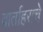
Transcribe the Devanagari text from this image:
वार्ताहराचे